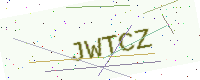
Text: JWTCZ